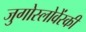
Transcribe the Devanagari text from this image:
जुगोस्लोवेंस्की